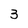
Character: 3